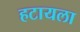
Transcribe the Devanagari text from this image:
हटायला